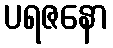
ပရဇနော